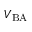
V _ { \mathrm { B A } }